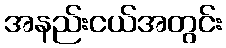
အနည်းငယ်အတွင်း